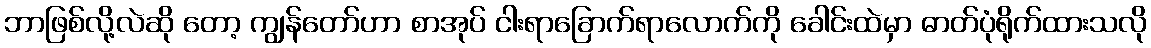
ဘာဖြစ်လို့လဲဆို တော့ ကျွန်တော်ဟာ စာအုပ် ငါးရာခြောက်ရာလောက်ကို ခေါင်းထဲမှာ ဓာတ်ပုံရိုက်ထားသလို